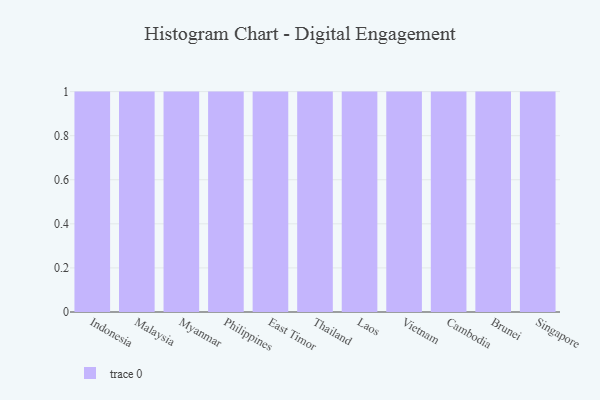
{"axis": {"x": "Country", "y": "Shipments"}, "legend": [""], "data": [{"x": "Indonesia", "y": 16, "type": ""}, {"x": "Malaysia", "y": 30, "type": ""}, {"x": "Myanmar", "y": 49, "type": ""}, {"x": "Philippines", "y": 5, "type": ""}, {"x": "East Timor", "y": 22, "type": ""}, {"x": "Thailand", "y": 89, "type": ""}, {"x": "Laos", "y": 100, "type": ""}, {"x": "Vietnam", "y": 11, "type": ""}, {"x": "Cambodia", "y": 7, "type": ""}, {"x": "Brunei", "y": 4, "type": ""}, {"x": "Singapore", "y": 95, "type": ""}]}